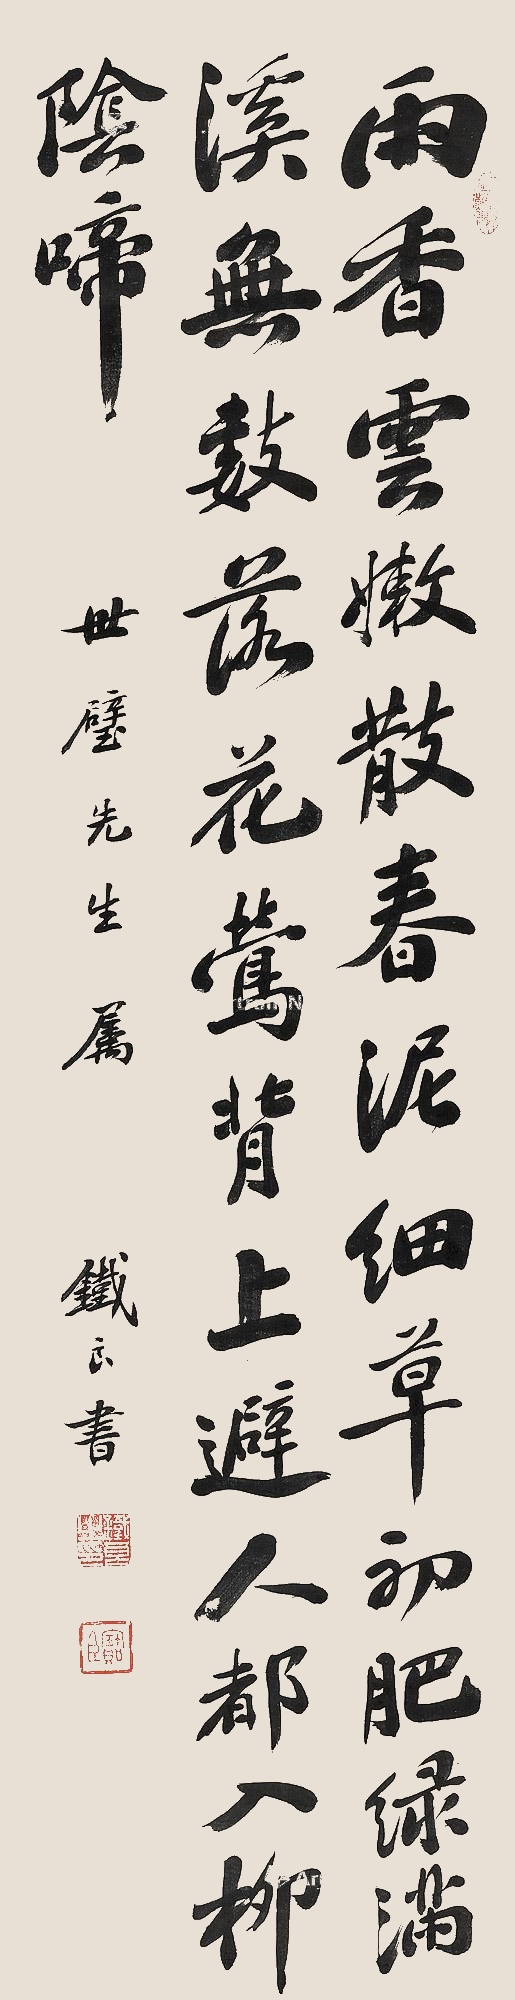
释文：雨香云嫩散春泥，细草初肥绿满溪。无数落花莺背上，避人都入柳阴啼。世璧先生属，铁良书。